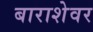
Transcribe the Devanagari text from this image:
बाराशेवर